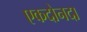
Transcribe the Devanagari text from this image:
एकदोनदा